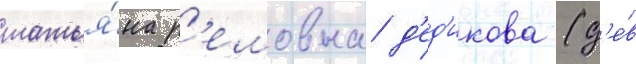
татья́на р'емовна д'ед'икова (д'е́в